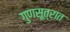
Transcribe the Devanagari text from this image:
गुणसूत्रात